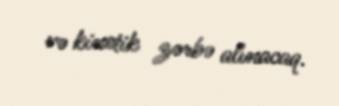
və kinetik zərbə alınacaq.